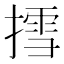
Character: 𢳬